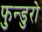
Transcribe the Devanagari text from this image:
फुन्डुरो